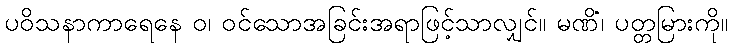
ပဝိသနာကာရေနေ ဝ၊ ဝင်သောအခြင်းအရာဖြင့်သာလျှင်။ မဏိံ၊ ပတ္တမြားကို။